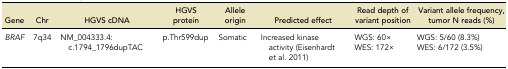
<table><thead><tr><td><b>Gene</b></td><td><b>Chr</b></td><td><b>HGVS cDNA</b></td><td><b>HGVS protein</b></td><td><b>Allele origin</b></td><td><b>Predicted effect</b></td><td><b>Read depth of variant position</b></td><td><b>Variant allele frequency, tumor N reads (%)</b></td></tr></thead><tbody><tr><td><i>BRAF</i></td><td>7q34</td><td>NM_004333.4: c.1794_1796dupTAC</td><td>p.Thr599dup</td><td>Somatic</td><td>Increased kinase activity (Eisenhardt et al. 2011)</td><td>WGS: 60×WES: 172×</td><td>WGS: 5/60 (8.3%)WES: 6/172 (3.5%)</td></tr></tbody></table>